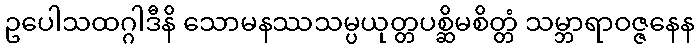
ဥပေါသထဂ္ဂါဒီနိ သောမနဿသမ္ပယုတ္တပစ္ဆိမစိတ္တံ သမ္ဘာရာဝဇ္ဇနေန